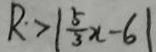
R > \vert \frac { 5 } { 3 } x - 6 \vert